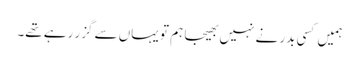
ہمیں کسی بدر نے نہیں بھیجا ہم تو یہاں سے گزر رہے تھے۔